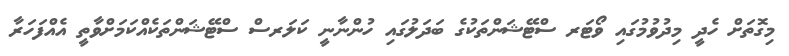
މިގޮތަށް ހެދީ މިދުވުމުގައި ވޯޓަރ ސްޓޭޝަންތަކުގެ ބަދަލުގައި ހުންނާނީ ކަލަރސް ސްޓޭޝަންތަކެއްކަމަށްވާތީ އެއްފަހަރާ